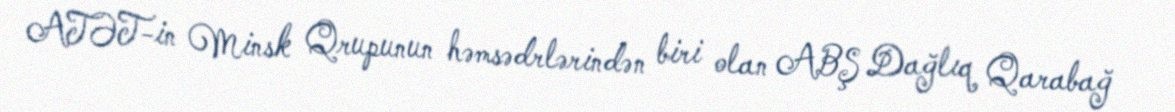
ATƏT-in Minsk Qrupunun həmsədrlərindən biri olan ABŞ Dağlıq Qarabağ